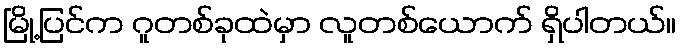
မြို့ပြင်က ဂူတစ်ခုထဲမှာ လူတစ်ယောက် ရှိပါတယ်။